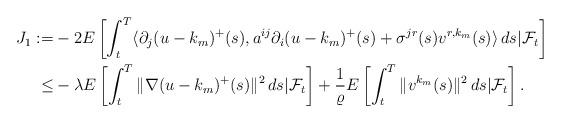
LaTeX: \begin{align*}J_1:=&-2E\left[\int_t^T\langle\partial_j(u-k_m)^+(s),a^{ij}\partial_i(u-k_m)^+(s)+\sigma ^{jr}(s)v^{r,k_m}(s)\rangle \, ds|\mathcal{F}_t\right]\\\leq &-\lambda E\left[\int_t^T\|\nabla(u-k_m)^+(s)\|^2\,ds|\mathcal{F}_t\right]+\frac{1}{\varrho}E\left[\int_t^T\|v^{k_m}(s)\|^2\,ds|\mathcal{F}_t\right].\end{align*}